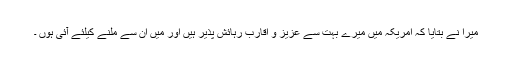
میرا نے بتایا کہ امریکہ میں میرے بہت سے عزیز و اقارب رہائش پذیر ہیں اور میں ان سے ملنے کیلئے آئی ہوں ۔